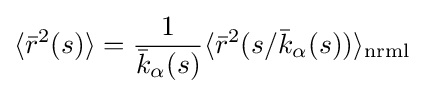
\langle {\bar {r}}^{2}(s)\rangle ={\frac {1}{{\bar {k}}_{\alpha }(s)}}\langle {\bar {r}}^{2}(s/{\bar {k}}_{\alpha }(s))\rangle _{\text{nrml}}